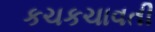
કચકચાવતી